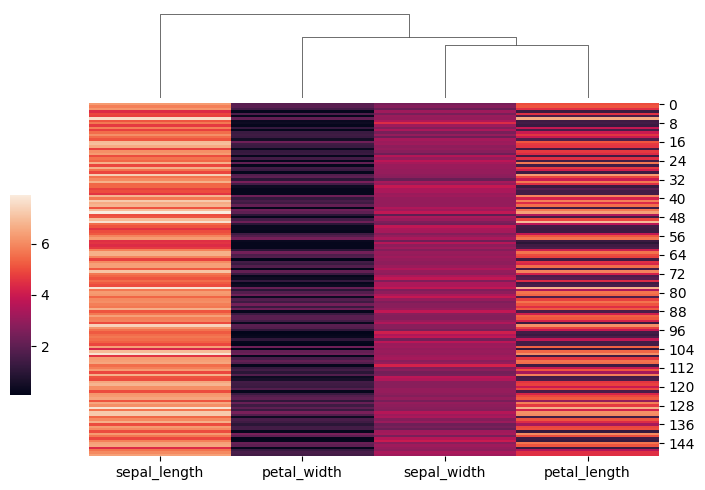
python, seaborn, clustermap, figsize=(7, 5), row_cluster=False, dendrogram_ratio=(0.1, 0.2), cbar_pos=(0, 0.2, 0.03, 0.4)